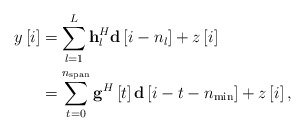
\begin{align*} \begin{aligned} y\left[ i \right] &= \sum\limits_{l = 1}^L {{\bf{h}}_l^H{\bf{d}}\left[ {i - {n_l}} \right]} + z\left[ i \right]\\ &= \sum\limits_{t = 0}^{{n_{{\rm{span}}}}} {{{\bf{g}}^H}\left[ t \right]{\bf{d}}\left[ {i - t - {n_{\min }}} \right]} + z\left[ i \right], \end{aligned} \end{align*}